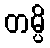
တမ္ပိ